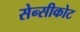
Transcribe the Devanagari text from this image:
सेन्सीकोट